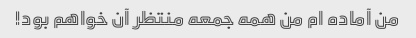
من آماده ام من همه جمعه منتظر آن خواهم بود!